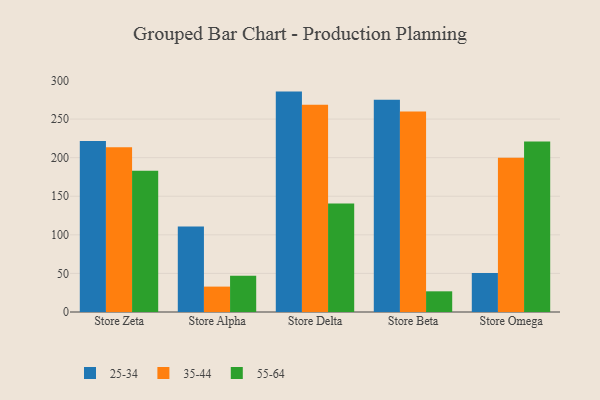
{"axis": {"x": "Store", "y": "Gross Profit (USD K)"}, "legend": ["25-34", "35-44", "55-64"], "data": [{"x": "Store Zeta", "y": 221.7, "type": "25-34"}, {"x": "Store Zeta", "y": 213.6, "type": "35-44"}, {"x": "Store Zeta", "y": 182.9, "type": "55-64"}, {"x": "Store Alpha", "y": 110.7, "type": "25-34"}, {"x": "Store Alpha", "y": 32.9, "type": "35-44"}, {"x": "Store Alpha", "y": 47.1, "type": "55-64"}, {"x": "Store Delta", "y": 285.6, "type": "25-34"}, {"x": "Store Delta", "y": 268.7, "type": "35-44"}, {"x": "Store Delta", "y": 140.6, "type": "55-64"}, {"x": "Store Beta", "y": 275.2, "type": "25-34"}, {"x": "Store Beta", "y": 259.7, "type": "35-44"}, {"x": "Store Beta", "y": 26.8, "type": "55-64"}, {"x": "Store Omega", "y": 50.5, "type": "25-34"}, {"x": "Store Omega", "y": 199.9, "type": "35-44"}, {"x": "Store Omega", "y": 220.8, "type": "55-64"}]}